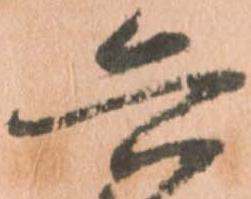
兵